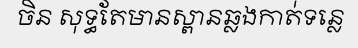
ចិន សុទ្ធតែមានស្ពានឆ្លងកាត់ទន្លេ